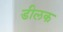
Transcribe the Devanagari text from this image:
डीलक